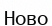
Ново